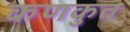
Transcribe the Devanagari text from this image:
कणकुत